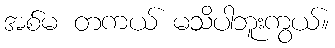
အစ်မ တကယ် မသိပါဘူးကွယ်။